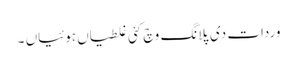
وردات دی پلانگ وچ کئی غلطیاں ہوئیاں ۔